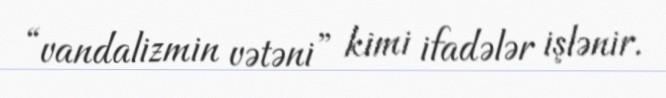
“vandalizmin vətəni” kimi ifadələr işlənir.